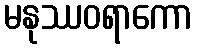
မနုဿဝရာကော